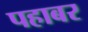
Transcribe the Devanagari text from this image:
पहाबर